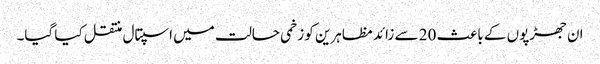
ان جھڑپوں کے باعث 20 سے زائد مظاہرین کو زخمی حالت میں اسپتال منتقل کیا گیا۔